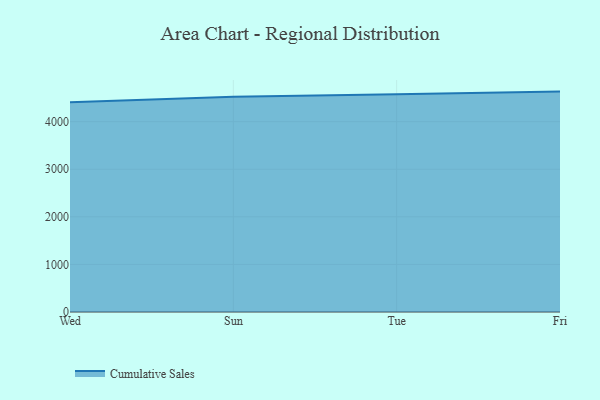
{"axis": {"x": "Day", "y": "Bounce Rate (%)"}, "legend": ["Cumulative Sales"], "data": [{"x": "Wed", "y": 4408.4, "type": "Cumulative Sales"}, {"x": "Sun", "y": 4525.9, "type": "Cumulative Sales"}, {"x": "Tue", "y": 4578.0, "type": "Cumulative Sales"}, {"x": "Fri", "y": 4632.3, "type": "Cumulative Sales"}]}